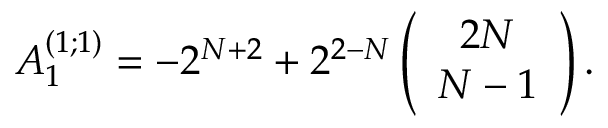
A _ { 1 } ^ { ( 1 ; 1 ) } = - 2 ^ { N + 2 } + 2 ^ { 2 - N } \left( \begin{array} { c } { { 2 N } } \\ { { N - 1 } } \end{array} \right) .